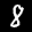
Label: 8